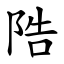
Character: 䧊